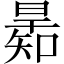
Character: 𣊋